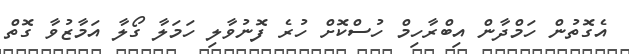
އެގޮތުން ހަމްދާން އިބްރާހިމް ހުސްކޮށް ހުރެ ފޮނުވާލި ހަމަލާ ގޯލާ އަމާޒުވާ ގޮތް